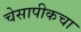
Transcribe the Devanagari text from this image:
चेसापीकचा